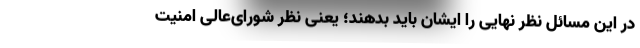
در این مسائل نظر نهایی را ایشان باید بدهند؛ یعنی نظر شورای‌عالی امنیت